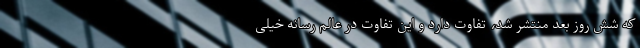
که شش روز بعد منتشر شد، تفاوت دارد و این تفاوت در عالم رسانه خیلی